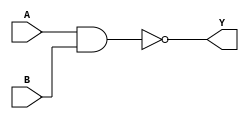
module NAND_Delay (
  input A,
  input B,
  output Y
);

assign #5 Y = ~(A & B);

endmodule